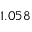
1 . 0 5 8